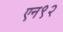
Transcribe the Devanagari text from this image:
एन९२